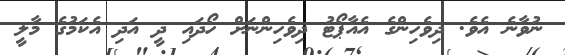
ނުވާނެ އެވެ. ދިވެހިންގެ އެއާޕޯޓު ދިވެހިންނަށް ހޯދައި ދީ އަދި އެކަމުގެ މާލީ